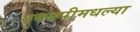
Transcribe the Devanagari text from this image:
एक्सपीमधल्या